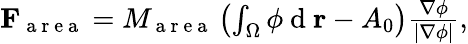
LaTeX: \begin{array}{r}{\mathbf{F}_{\mathrm{~a~r~e~a~}}=M_{\mathrm{~a~r~e~a~}}\left(\int_{\Omega}\phi\mathrm{~d~}\mathbf{r}-A_{0}\right)\frac{\nabla\phi}{|\nabla\phi|},}\end{array}